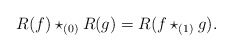
\begin{align*}R(f) \star_{(0)} R(g) = R(f \star_{(1)} g) .\end{align*}